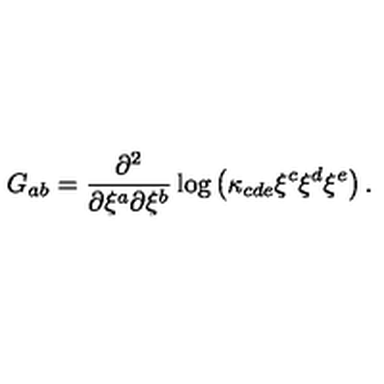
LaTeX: G _ { a b } = \frac { \partial ^ { 2 } } { \partial \xi ^ { a } \partial \xi ^ { b } } \log \left( \kappa _ { c d e } \xi ^ { c } \xi ^ { d } \xi ^ { e } \right) .